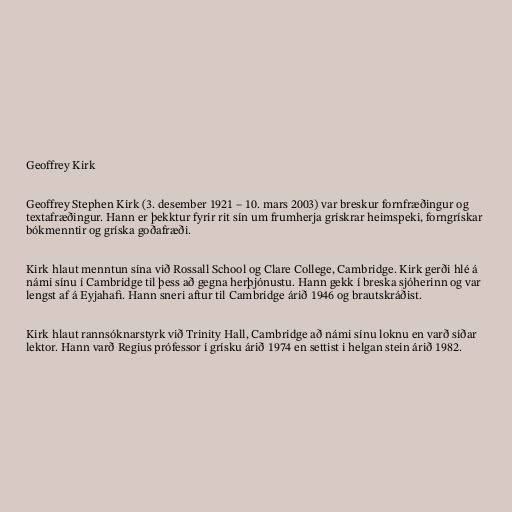
Geoffrey Kirk

Geoffrey Stephen Kirk (3. desember 1921 – 10. mars 2003) var breskur fornfræðingur og
textafræðingur. Hann er þekktur fyrir rit sín um frumherja grískrar heimspeki, forngrískar
bókmenntir og gríska goðafræði.

Kirk hlaut menntun sína við Rossall School og Clare College, Cambridge. Kirk gerði hlé á
námi sínu í Cambridge til þess að gegna herþjónustu. Hann gekk í breska sjóherinn og var
lengst af á Eyjahafi. Hann sneri aftur til Cambridge árið 1946 og brautskráðist.

Kirk hlaut rannsóknarstyrk við Trinity Hall, Cambridge að námi sínu loknu en varð síðar
lektor. Hann varð Regius prófessor í grísku árið 1974 en settist i helgan stein árið 1982.